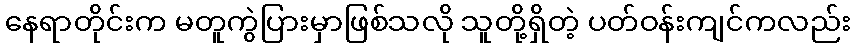
နေရာတိုင်းက မတူကွဲပြားမှာဖြစ်သလို သူတို့ရှိတဲ့ ပတ်ဝန်းကျင်ကလည်း